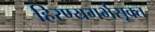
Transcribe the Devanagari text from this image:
हिरण्यगर्भसूक्त